画像に写った文字を読んでください
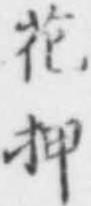
「花押」と書いてあります